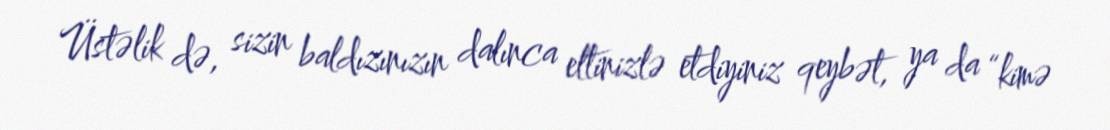
Üstəlik də, sizin baldızınızın dalınca eltinizlə etdiyiniz qeybət, ya da “kimə